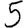
Digit: 5